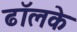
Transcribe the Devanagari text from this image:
ढॉलके